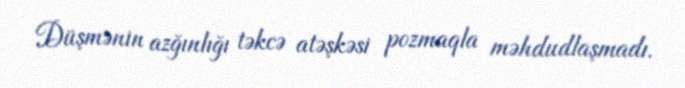
Düşmənin azğınlığı təkcə atəşkəsi pozmaqla məhdudlaşmadı.